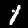
Label: 1